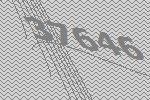
37646